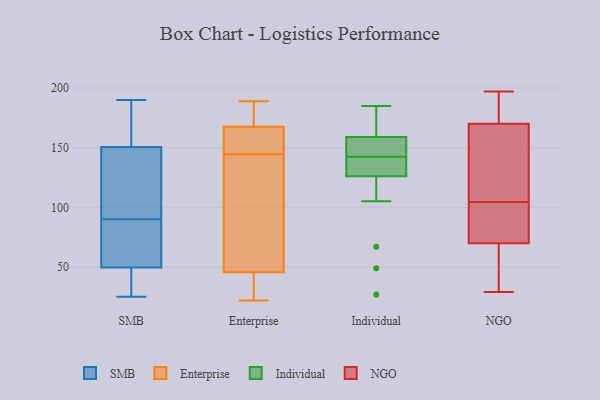
{"axis": {"x": "Tickets Resolved", "y": "Value"}, "legend": ["Enterprise", "Individual", "NGO", "SMB"], "data": [{"x": "", "y": 25, "type": "SMB"}, {"x": "", "y": 71, "type": "SMB"}, {"x": "", "y": 113, "type": "SMB"}, {"x": "", "y": 109, "type": "SMB"}, {"x": "", "y": 62, "type": "SMB"}, {"x": "", "y": 29, "type": "SMB"}, {"x": "", "y": 184, "type": "SMB"}, {"x": "", "y": 42, "type": "SMB"}, {"x": "", "y": 57, "type": "SMB"}, {"x": "", "y": 149, "type": "SMB"}, {"x": "", "y": 152, "type": "SMB"}, {"x": "", "y": 190, "type": "SMB"}, {"x": "", "y": 189, "type": "Enterprise"}, {"x": "", "y": 160, "type": "Enterprise"}, {"x": "", "y": 154, "type": "Enterprise"}, {"x": "", "y": 22, "type": "Enterprise"}, {"x": "", "y": 30, "type": "Enterprise"}, {"x": "", "y": 173, "type": "Enterprise"}, {"x": "", "y": 80, "type": "Enterprise"}, {"x": "", "y": 93, "type": "Enterprise"}, {"x": "", "y": 138, "type": "Enterprise"}, {"x": "", "y": 53, "type": "Enterprise"}, {"x": "", "y": 151, "type": "Enterprise"}, {"x": "", "y": 173, "type": "Enterprise"}, {"x": "", "y": 27, "type": "Enterprise"}, {"x": "", "y": 38, "type": "Enterprise"}, {"x": "", "y": 162, "type": "Enterprise"}, {"x": "", "y": 178, "type": "Enterprise"}, {"x": "", "y": 156, "type": "Individual"}, {"x": "", "y": 67, "type": "Individual"}, {"x": "", "y": 156, "type": "Individual"}, {"x": "", "y": 133, "type": "Individual"}, {"x": "", "y": 159, "type": "Individual"}, {"x": "", "y": 105, "type": "Individual"}, {"x": "", "y": 27, "type": "Individual"}, {"x": "", "y": 185, "type": "Individual"}, {"x": "", "y": 181, "type": "Individual"}, {"x": "", "y": 140, "type": "Individual"}, {"x": "", "y": 148, "type": "Individual"}, {"x": "", "y": 161, "type": "Individual"}, {"x": "", "y": 184, "type": "Individual"}, {"x": "", "y": 49, "type": "Individual"}, {"x": "", "y": 137, "type": "Individual"}, {"x": "", "y": 137, "type": "Individual"}, {"x": "", "y": 126, "type": "Individual"}, {"x": "", "y": 145, "type": "Individual"}, {"x": "", "y": 129, "type": "NGO"}, {"x": "", "y": 97, "type": "NGO"}, {"x": "", "y": 170, "type": "NGO"}, {"x": "", "y": 180, "type": "NGO"}, {"x": "", "y": 109, "type": "NGO"}, {"x": "", "y": 171, "type": "NGO"}, {"x": "", "y": 112, "type": "NGO"}, {"x": "", "y": 90, "type": "NGO"}, {"x": "", "y": 100, "type": "NGO"}, {"x": "", "y": 185, "type": "NGO"}, {"x": "", "y": 65, "type": "NGO"}, {"x": "", "y": 35, "type": "NGO"}, {"x": "", "y": 30, "type": "NGO"}, {"x": "", "y": 197, "type": "NGO"}, {"x": "", "y": 96, "type": "NGO"}, {"x": "", "y": 124, "type": "NGO"}, {"x": "", "y": 70, "type": "NGO"}, {"x": "", "y": 29, "type": "NGO"}]}